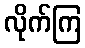
လိုက်ကြ